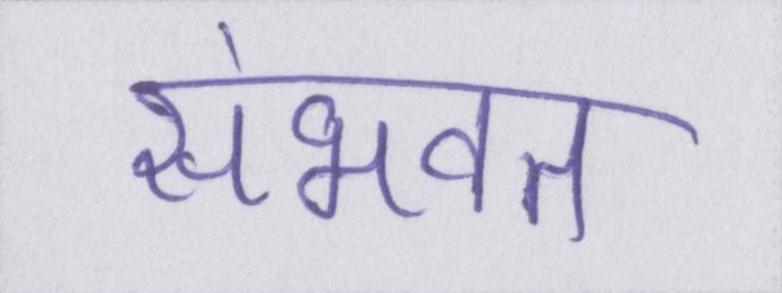
संभवत